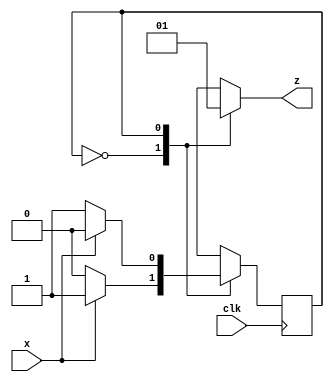
`timescale 1ns / 1ps

module parity_detector(
    input x,clk,
    output reg z
    );
    
    reg state;
    parameter S0 = 0 ,     //S0 means Even state
              S1 = 1 ;      //S1 means Odd state
              
    always @(posedge clk)
        case(state)
            S0 : state <= x ? S1 : S0 ;
            S1 : state <= x ? S0 : S1 ;
            default : state <= S0 ;
        endcase
        
    always @(state)
        case(state)
            S0 : z = 0;
            S1 : z = 1;
        endcase
endmodule